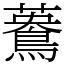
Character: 𪃳